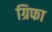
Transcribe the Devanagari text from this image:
ग्रिफा